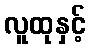
လူထုနှင့်